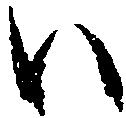
い